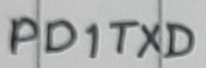
Text: PD1TXD